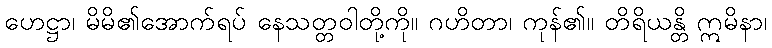
ဟေဋ္ဌာ၊ မိမိ၏အောက်ရပ် နေသတ္တဝါတို့ကို။ ဂဟိတာ၊ ကုန်၏။ တိရိယန္တိ ဣမိနာ၊